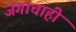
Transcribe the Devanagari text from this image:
जगाचाही